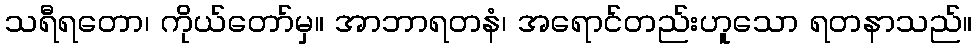
သရီရတော၊ ကိုယ်တော်မှ။ အာဘာရတနံ၊ အရောင်တည်းဟူသော ရတနာသည်။